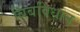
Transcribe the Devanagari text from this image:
बिंबविधान